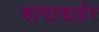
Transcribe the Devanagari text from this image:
भागाबाहेर